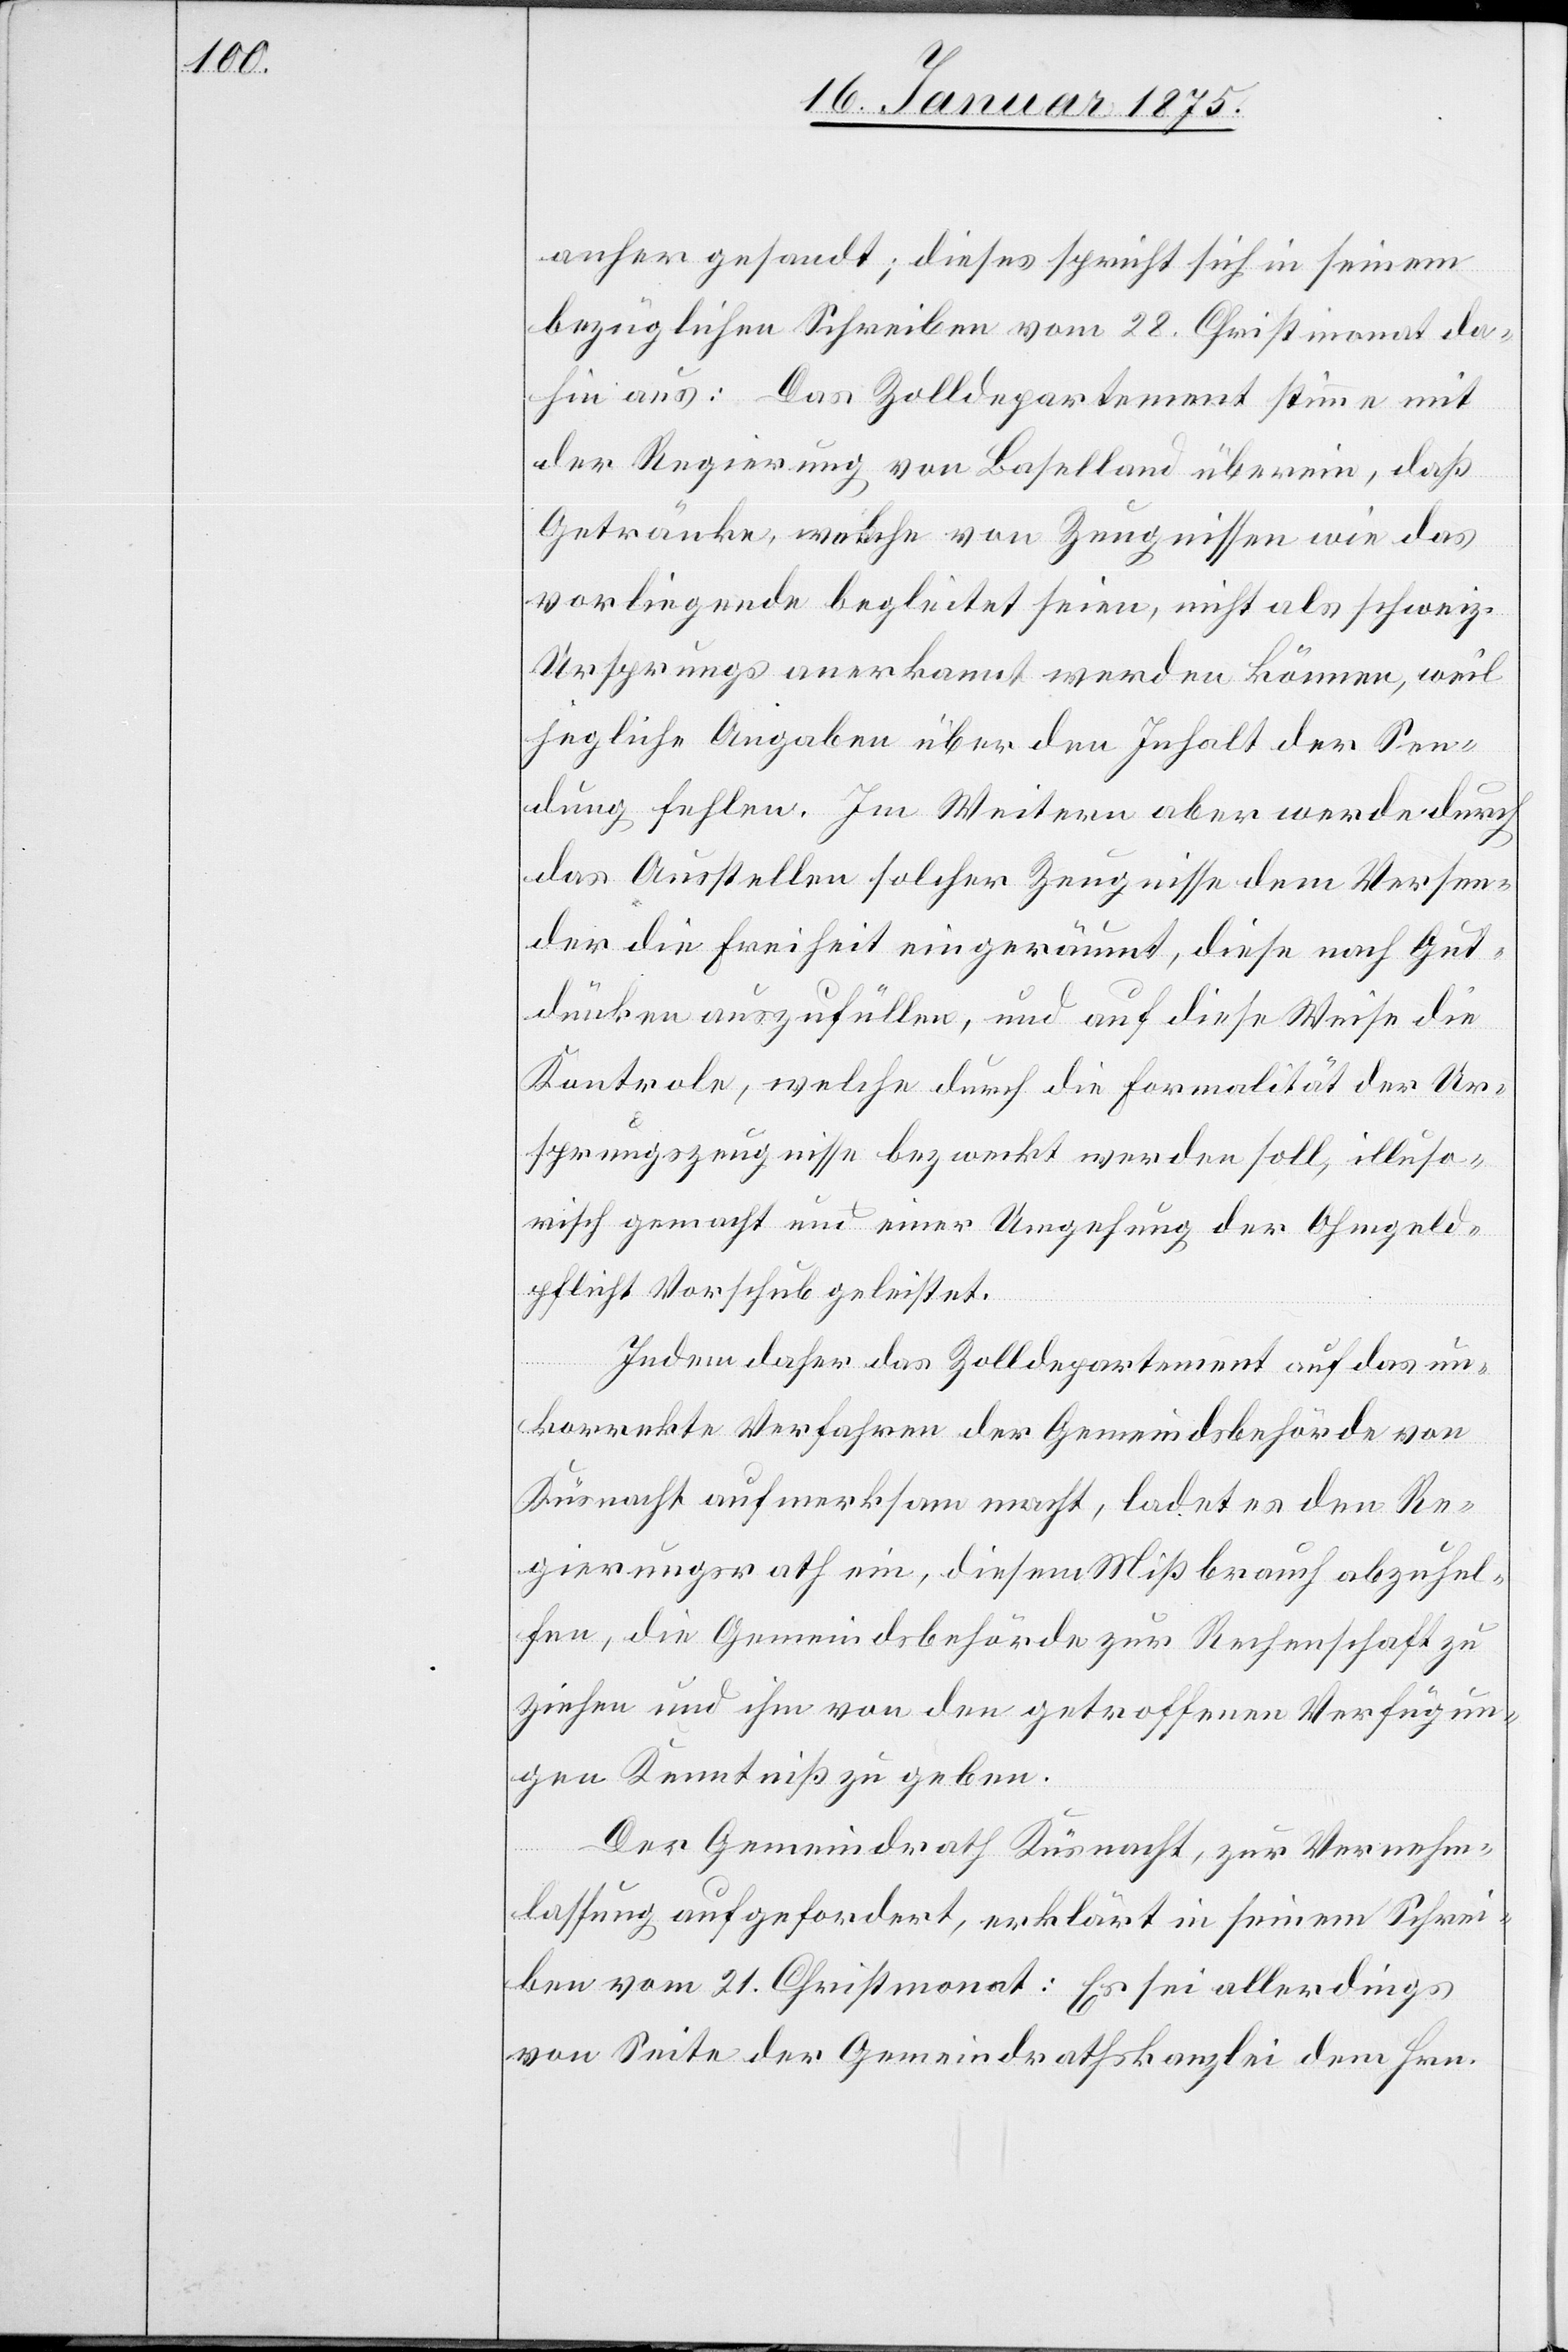
anher gesandt; dieses spricht sich in seinem
bezüglichen Schreiben vom 28. Christmonat da¬
hin aus: Das Zolldepartement stimme mit
der Regierung von Baselland überein, daß
Getränke, welche von Zeugnissen wie das
vorliegende begleitet seien, nicht als schweiz.
Ursprungs anerkannt werden können, weil
jegliche Angaben über den Inhalt der Sen¬
dung fehlen. Im Weitern aber werden durch
das Ausstellen solcher Zeugnisse dem Versen¬
der die Freiheit eingeräumt, diese nach Gut¬
dünken auszufüllen, und auf diese Weise die
Kontrole, welche durch die Formalität der Ur¬
sprungszeugnisse bezweckt werden soll, illuso¬
risch gemacht und einer Umgehung der Ohmgeld¬
pflicht Vorschrift geleistet.
Indem daher das Zolldepartement auf das un¬
korrekte Verfahren der Gemeindsbehörde von
Küsnacht aufmerksam macht, ladet es den Re¬
gierungsrath ein, diesem Mißbrauch abzuhel¬
fen, die Gemeindsbehörde zur Rechenschaft zu
ziehen und ihm von den getroffenen Verfügun¬
gen Kenntniß zu geben.
Der Gemeindrath Küsnacht, zur Vernehm¬
lassung aufgefordert, erklärt in seinem Schrei¬
ben vom 21. Christmonat: Es sei allerdings
von Seite der Gemeindrathskanzlei dem Hrn.